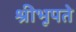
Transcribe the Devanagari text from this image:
श्रीभूपते